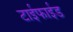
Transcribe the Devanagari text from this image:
टाईफाईड